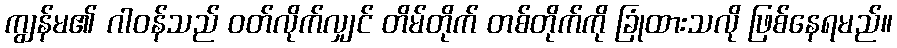
ကျွန်မ၏ ဂါဝန်သည် ဝတ်လိုက်လျှင် တိမ်တိုက် တစ်တိုက်ကို ခြုံထားသလို ဖြစ်နေရမည်။